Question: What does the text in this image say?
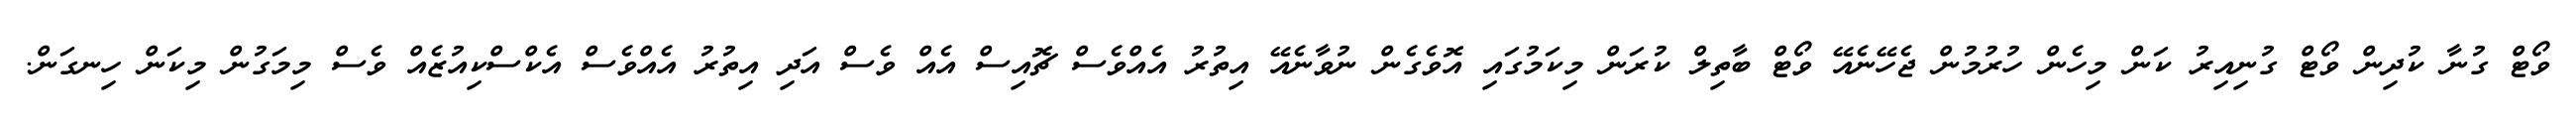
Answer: ވޯޓް ގުނާ ކުދިން ވޯޓް ގުނިއިރު ކަން މިހެން ހުރުމުން ޖެހޭނެއޭ ވޯޓް ބާތިލް ކުރަން މިކަމުގައި އޮވެގެން ނުވާނެއޭ އިތުރު އެއްވެސް ޗޮއިސް އެއް ވެސް އަދި އިތުރު އެއްވެސް އެކްސްކިއުޒެއް ވެސް މިމަގުން މިކަން ހިނގަން.